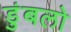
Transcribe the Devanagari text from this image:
डुंबलो